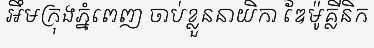
អឹមក្រុងភ្នំពេញ ចាប់ខ្លួននាយិកា ឌែម៉ូគ្លីនិក